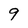
Character: 9